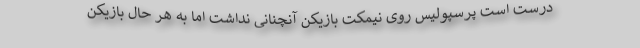
درست است پرسپولیس روی نیمکت بازیکن آنچنانی نداشت اما به هر حال بازیکن